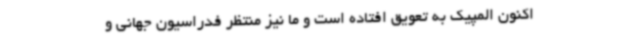
اکنون المپیک به تعویق افتاده است و ما نیز منتظر فدراسیون جهانی و